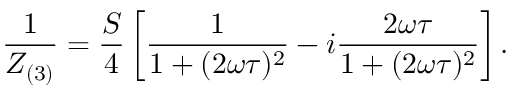
\frac { 1 } { Z _ { ( 3 ) } } = \frac { S } { 4 } \left[ \frac { 1 } { 1 + ( 2 \omega \tau ) ^ { 2 } } - i \frac { 2 \omega \tau } { 1 + ( 2 \omega \tau ) ^ { 2 } } \right] .